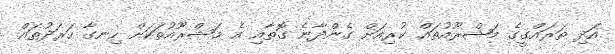
އަދި ތަރައްގީގެ މަޝްރޫއުތައް ކުރިއަށް ގެންދާނެ ގޮތާއި އެ މަޝްރޫއުތަކަށް ހިނގާ ހަރަދުތައް